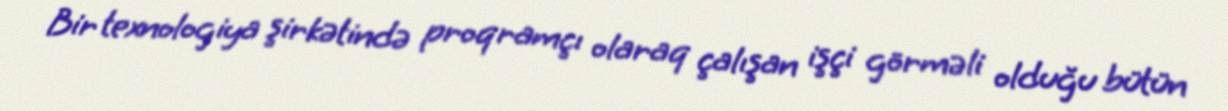
Bir texnologiya şirkətində proqramçı olaraq çalışan işçi görməli olduğu bütün